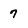
Character: 7